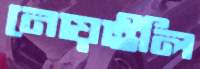
নোয়াইলি